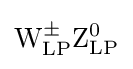
\mathrm {W} _{\text{LP}}^{\pm }\mathrm {Z} _{\text{LP}}^{0}